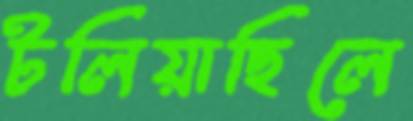
টলিয়াছিলে